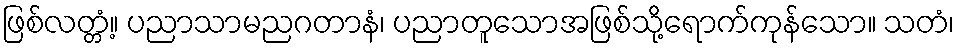
ဖြစ်လတ္တံ့။ ပညာသာမညဂတာနံ၊ ပညာတူသောအဖြစ်သို့ရောက်ကုန်သော။ သတံ၊